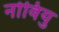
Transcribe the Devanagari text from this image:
नोवियु